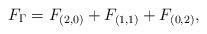
LaTeX: \begin{align*}F_{\Gamma} = F_{(2,0)} + F_{(1,1)} + F_{(0,2)},\end{align*}